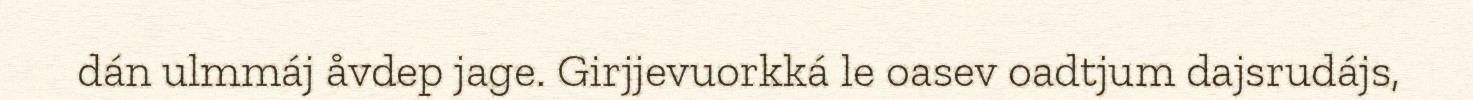
dán ulmmáj åvdep jage. Girjjevuorkká le oasev oadtjum dajsrudájs,